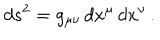
d s ^ { 2 } = g _ { \mu \nu } \, d x ^ { \mu } \, d x ^ { \nu } \, .